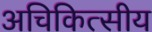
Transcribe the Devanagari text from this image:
अचिकित्सीय